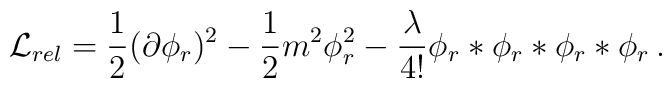
{\cal L}_{rel} = \frac{1}{2} (\partial\phi_{r})^2 - \frac{1}{2}m^2 \phi_r^2 - \frac{\lambda}{4!} \phi_r * \phi_r * \phi_r * \phi_r \,.